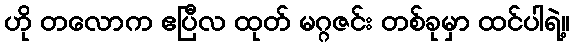
ဟို တလောက ဧပြီလ ထုတ် မဂ္ဂဇင်း တစ်ခုမှာ ထင်ပါရဲ့။